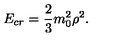
E _ { c r } = { \frac { 2 } { 3 } } m _ { 0 } ^ { 2 } \rho ^ { 2 } .